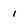
Character: 1